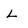
Character: L